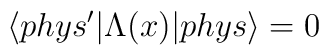
\langle phys' | \Lambda(x) |phys \rangle = 0